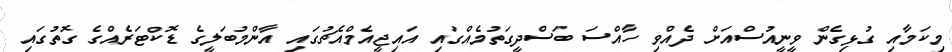
މިކަމާއި ގުޅިގެން ވީނީއުސްއަށް ދެއްވި ހާއްސަ ބަސްދީގަތުމެއްގައި އައިޖީއެމްއެޗުގައި އާންމުބަލީގެ ޑޮކްޓަރެއްގެ ގޮތުގައި